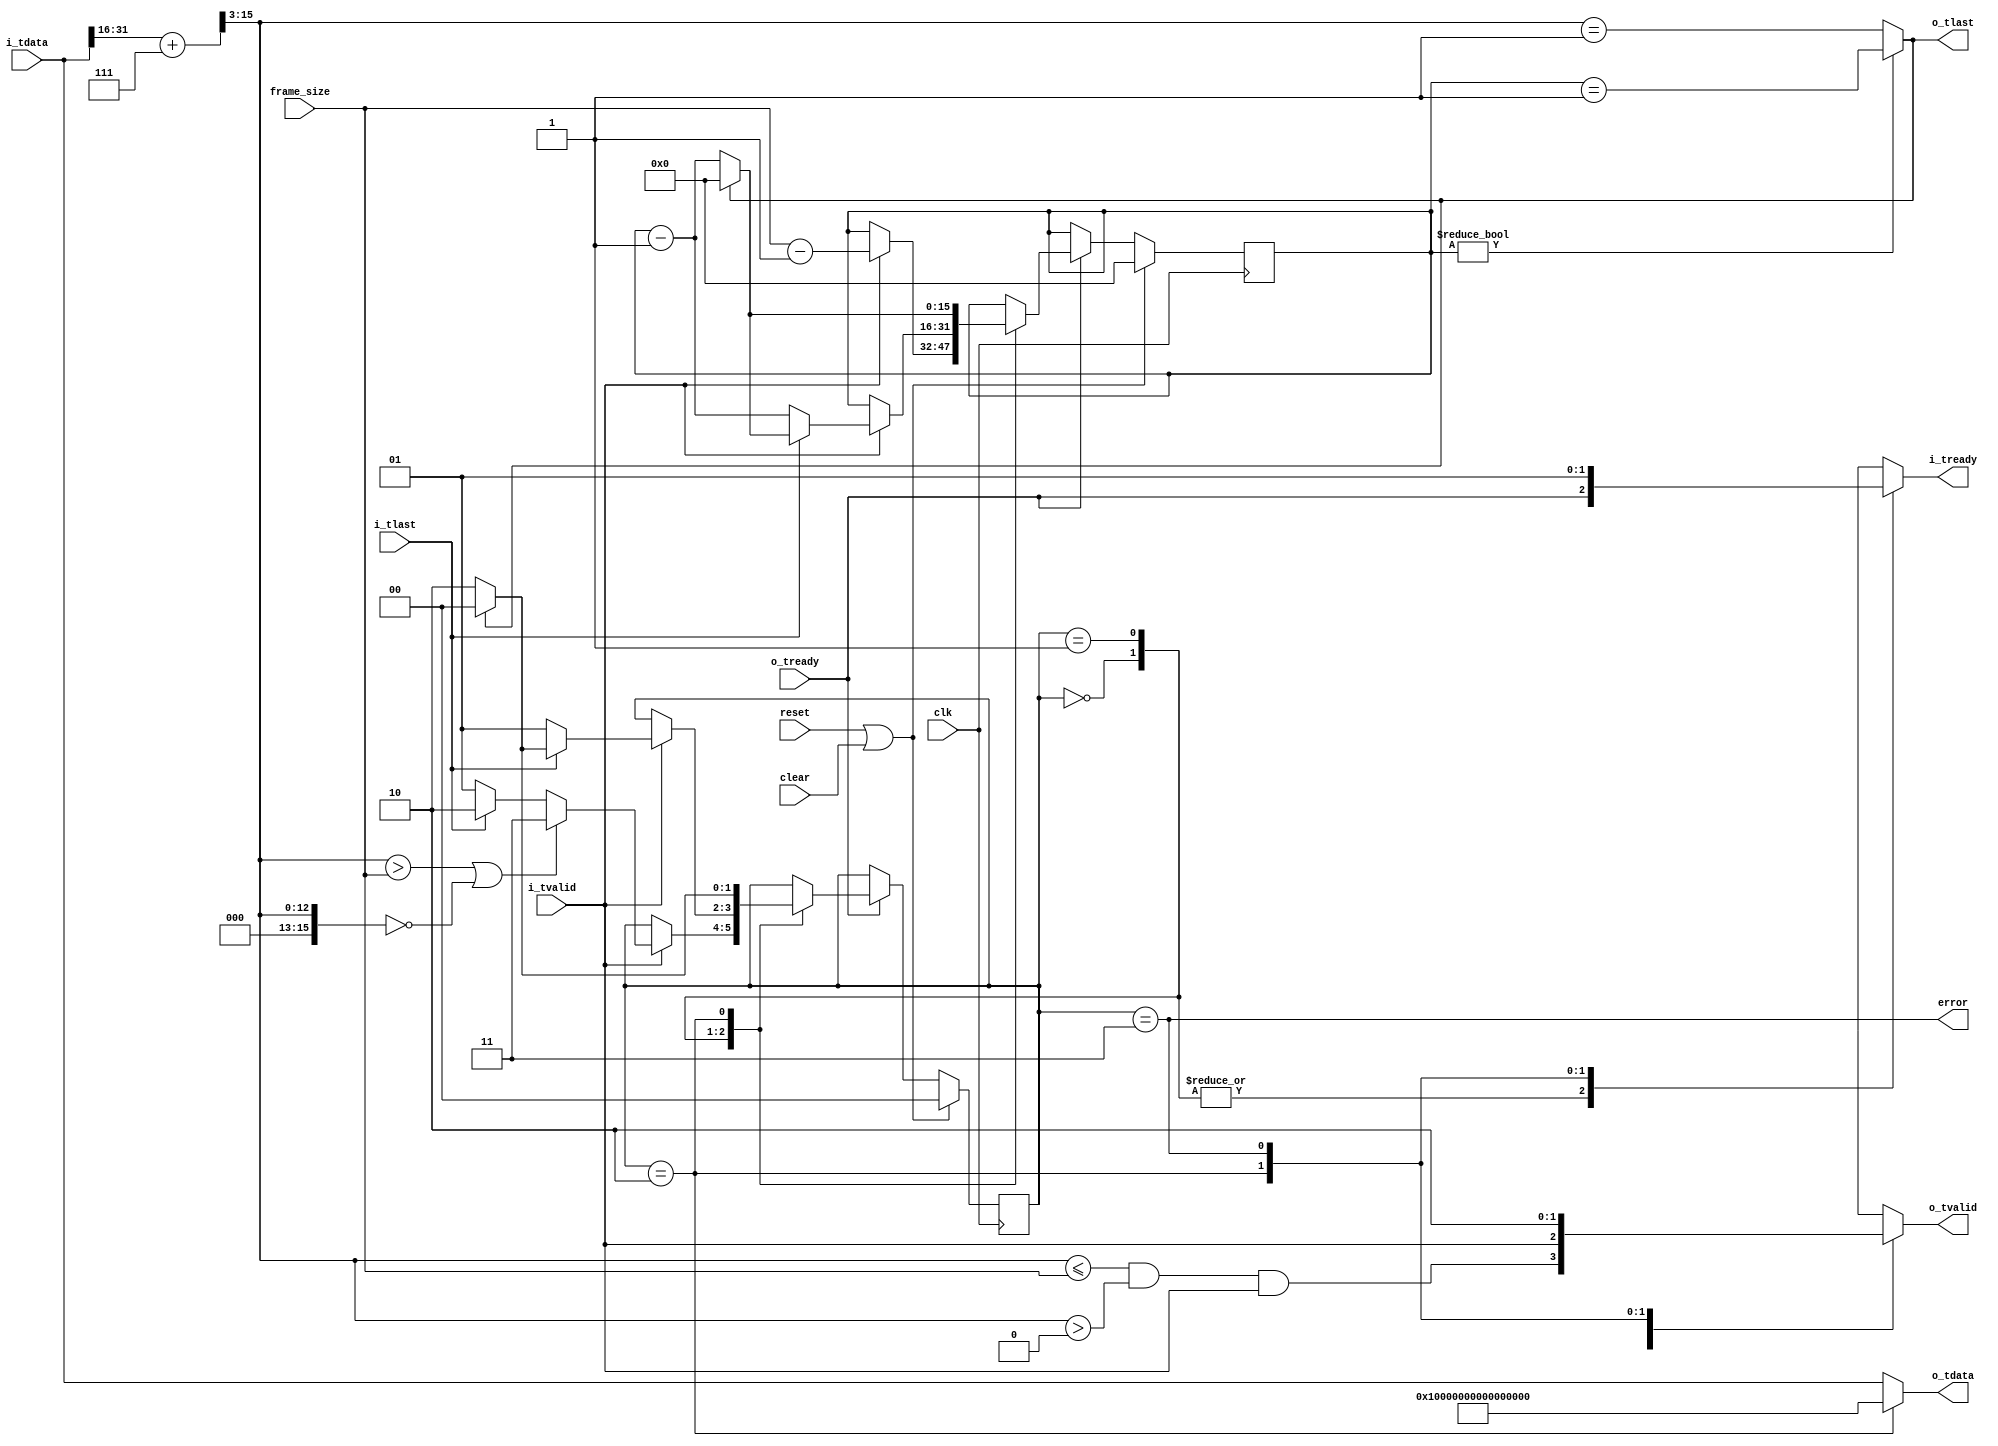
//
// Copyright 2013 Ettus Research LLC
// Copyright 2018 Ettus Research, a National Instruments Company
// Copyright 2019 Ettus Research, a National Instruments Company
//
// SPDX-License-Identifier: LGPL-3.0-or-later
//

// Quantize chdr packets to a configurable quantum value. o_tlast and
// i_tready will be held off until the entire quantized packet is xferred.
// If quantum is changed, it is the responsibility of the client to clear
// this module. error is asserted if a packet is larger than the quantum
// error can be reset by asserting reset or clear.

`default_nettype none
module chdr_chunker # (
   parameter PAD_VALUE = 64'hFFFFFFFF_FFFFFFFF,
             HOLD_ERROR = 1'b1 // If high, hold error until reset, else pulse
) (
   input wire          clk,
   input wire          reset,
   input wire          clear,
   input wire [15:0]   frame_size,

   input wire [63:0]   i_tdata,
   input wire          i_tlast,
   input wire          i_tvalid,
   output reg          i_tready,

   output wire [63:0]  o_tdata,
   output wire         o_tlast,
   output reg          o_tvalid,
   input  wire         o_tready,

   output wire         error
);

   localparam ST_HEADER  = 2'd0;
   localparam ST_DATA    = 2'd1;
   localparam ST_PADDING = 2'd2;
   localparam ST_ERROR   = 2'd3;

   reg [1:0]   state;
   reg [15:0]  frame_rem;

   // axi_len = ceil(length / 8)
   wire [15:0] chdr_len_ceil = i_tdata[31:16] + 16'd7;
   wire [15:0] axi_len = {3'b000, chdr_len_ceil[15:3]};

   always @(posedge clk) begin
      if (reset | clear) begin
         state <= ST_HEADER;
         frame_rem <= 16'd0;
      end else if ((state == ST_ERROR) & i_tlast & i_tvalid & !HOLD_ERROR) begin
         state <= ST_HEADER;
         frame_rem <= 16'd0;
      end else if (o_tready) begin
         case (state)
            ST_HEADER: begin
               if (i_tvalid) begin
                  if ((axi_len > frame_size) | (axi_len == 16'd0))
                     state <= ST_ERROR;
                  else if (i_tlast)
                     state <= ST_PADDING;
                  else
                     state <= ST_DATA;

                  frame_rem <= frame_size - 16'd1;
               end
            end

            ST_DATA: begin
               if (i_tvalid) begin
                  if (i_tlast) begin
                     state   <= o_tlast ? ST_HEADER : ST_PADDING;
                     frame_rem <= o_tlast ? 16'd0 : (frame_rem - 16'd1);
                  end else begin
                     state <= ST_DATA;
                     frame_rem <= frame_rem - 16'd1;
                  end
               end
            end

            ST_PADDING: begin
               if (o_tlast) begin
                  state   <= ST_HEADER;
                  frame_rem <= 16'd0;
               end else begin
                  state   <= ST_PADDING;
                  frame_rem <= frame_rem - 16'd1;
               end
            end

         endcase
      end
   end

   always @(*) begin
      case (state)
         ST_HEADER: begin
            i_tready = o_tready;
            o_tvalid = (axi_len <= frame_size) & (axi_len > 16'd0) & i_tvalid;
         end

         ST_DATA: begin
            i_tready = o_tready;
            o_tvalid = i_tvalid;
         end

         ST_PADDING: begin
            i_tready = 1'b0;
            o_tvalid = 1'b1;
         end

         ST_ERROR: begin
            i_tready = 1'b1;
            o_tvalid = 1'b0;
         end

         default: begin
            i_tready = 1'b0;
            o_tvalid = 1'b0;
         end
      endcase
   end

   assign o_tlast = (frame_rem != 16'd0) ? (frame_rem == 16'd1) : (axi_len == 16'd1);
   assign o_tdata = (state == ST_PADDING) ? PAD_VALUE : i_tdata;

   assign error = (state == ST_ERROR);

endmodule // chdr_chunker

`default_nettype wire